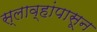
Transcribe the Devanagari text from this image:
स्लाव्हांपासून